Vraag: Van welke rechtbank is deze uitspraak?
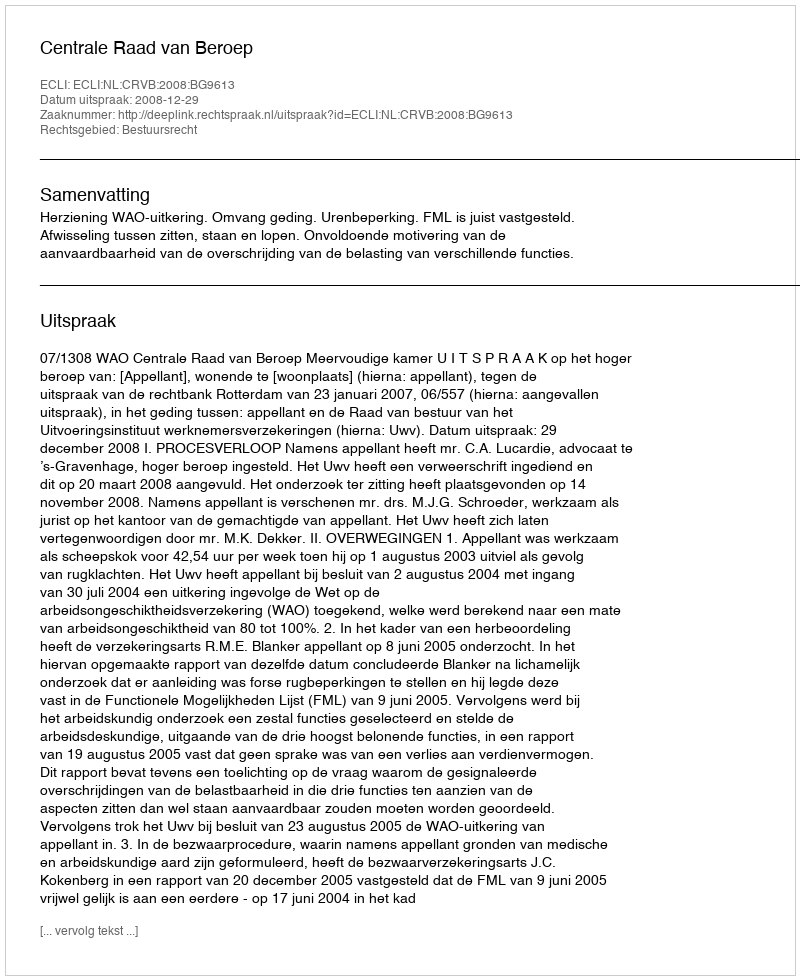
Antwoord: Centrale Raad van Beroep